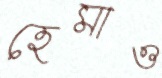
হেমাও